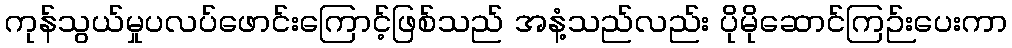
ကုန်သွယ်မှုပလပ်ဖောင်းကြောင့်ဖြစ်သည် အနံ့သည်လည်း ပိုမိုဆောင်ကြဉ်းပေးကာ